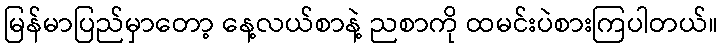
မြန်မာပြည်မှာတော့ နေ့လယ်စာနဲ့ ညစာကို ထမင်းပဲစားကြပါတယ်။